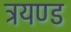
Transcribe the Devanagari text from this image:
त्रयण्ड